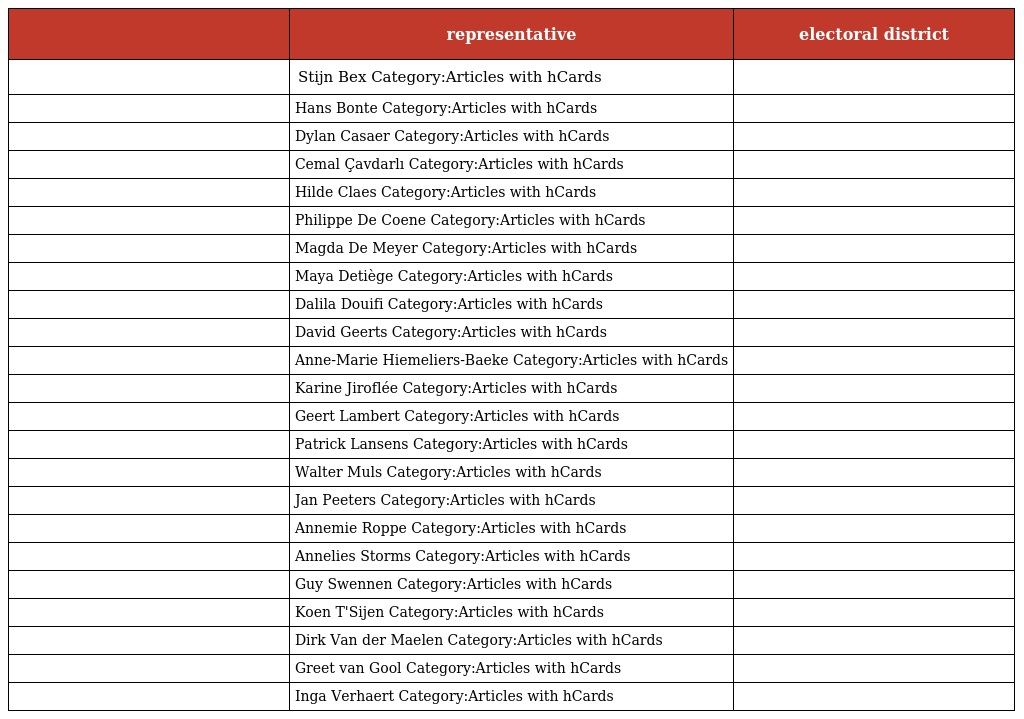
|  | representative | electoral district |
 | --- | --- | --- |
 |  | Stijn Bex Category:Articles with hCards |  |
 |  | Hans Bonte Category:Articles with hCards |  |
 |  | Dylan Casaer Category:Articles with hCards |  |
 |  | Cemal Çavdarlı Category:Articles with hCards |  |
 |  | Hilde Claes Category:Articles with hCards |  |
 |  | Philippe De Coene Category:Articles with hCards |  |
 |  | Magda De Meyer Category:Articles with hCards |  |
 |  | Maya Detiège Category:Articles with hCards |  |
 |  | Dalila Douifi Category:Articles with hCards |  |
 |  | David Geerts Category:Articles with hCards |  |
 |  | Anne-Marie Hiemeliers-Baeke Category:Articles with hCards |  |
 |  | Karine Jiroflée Category:Articles with hCards |  |
 |  | Geert Lambert Category:Articles with hCards |  |
 |  | Patrick Lansens Category:Articles with hCards |  |
 |  | Walter Muls Category:Articles with hCards |  |
 |  | Jan Peeters Category:Articles with hCards |  |
 |  | Annemie Roppe Category:Articles with hCards |  |
 |  | Annelies Storms Category:Articles with hCards |  |
 |  | Guy Swennen Category:Articles with hCards |  |
 |  | Koen T'Sijen Category:Articles with hCards |  |
 |  | Dirk Van der Maelen Category:Articles with hCards |  |
 |  | Greet van Gool Category:Articles with hCards |  |
 |  | Inga Verhaert Category:Articles with hCards |  |